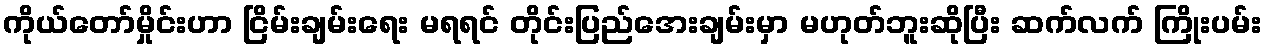
ကိုယ်တော်မှိုင်းဟာ ငြိမ်းချမ်းရေး မရရင် တိုင်းပြည်အေးချမ်းမှာ မဟုတ်ဘူးဆိုပြီး ဆက်လက် ကြိုးပမ်း